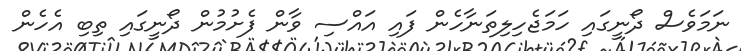
ނަމަވެސް ދޯނީގައި ހަމަޖެހިލިތަނާހެން ފައި އައްސި ވާން ފެށުމުން ދޯނީގައި ތިބި އެހެން